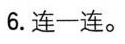
6.连一连